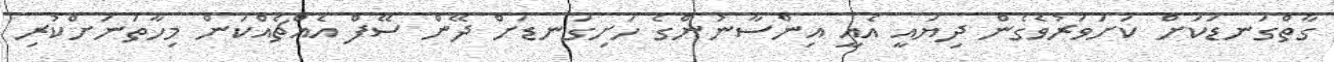
ގާތްގަނޑަކަށް ކަށަވަރުވެގެން ދިޔައީ އެއީ އިންސާނުންގެ ހަށިގަނޑަށް ދޭން ސޭފް އެއްޗެއްކަން މިހާތަނަށްކުރި